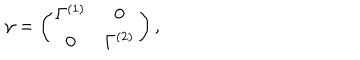
\gamma = \left( \begin{array} { c c } { { \Gamma ^ { ( 1 ) } } } & { { 0 } } \\ { { 0 } } & { { \Gamma ^ { ( 2 ) } } } \\ \end{array} \right) ,